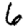
Digit: 6